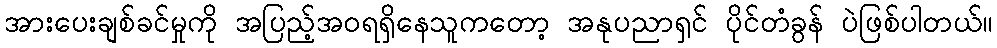
အားပေးချစ်ခင်မှုကို အပြည့်အဝရရှိနေသူကတော့ အနုပညာရှင် ပိုင်တံခွန် ပဲဖြစ်ပါတယ်။